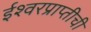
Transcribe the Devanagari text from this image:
ईश्वरप्राप्तीची